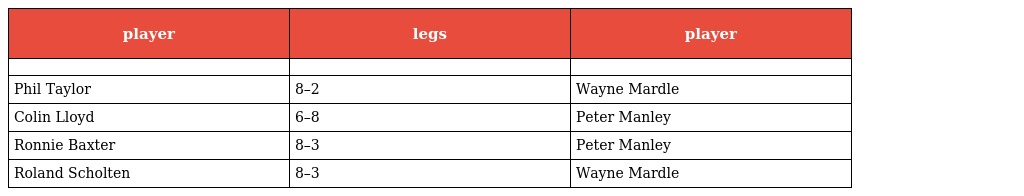
| player | legs | player |
 | --- | --- | --- |
 |  |  |  |
 | Phil Taylor | 8–2 | Wayne Mardle |
 | Colin Lloyd | 6–8 | Peter Manley |
 | Ronnie Baxter | 8–3 | Peter Manley |
 | Roland Scholten | 8–3 | Wayne Mardle |